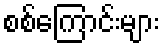
စစ်ကြောင်းများ